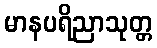
မာနပရိညာသုတ္တ